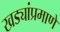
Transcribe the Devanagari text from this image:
खड्यांप्रमाणे